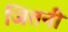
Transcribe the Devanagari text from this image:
जितनी